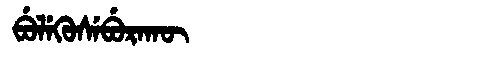
Manchu: ᠪᡠᠯᡝᡴᡠᠰᡝᠪᡠᡵᠠᡴᡡ
Romanization: BULEKUSEBURAKŪ